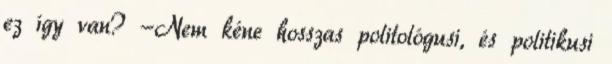
ez így van? -Nem kéne hosszas politológusi, és politikusi